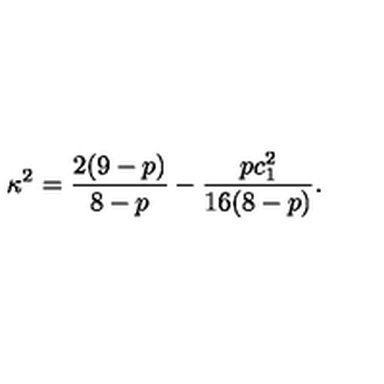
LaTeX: \kappa ^ { 2 } = \frac { 2 ( 9 - p ) } { 8 - p } - \frac { p c _ { 1 } ^ { 2 } } { 1 6 ( 8 - p ) } .